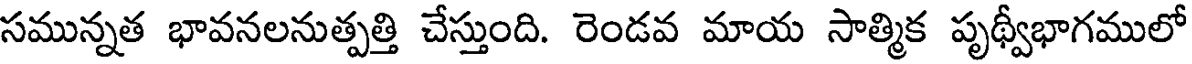
సమున్నత భావనలనుత్పత్తి చేస్తుంది. రెండవ మాయ సాత్మిక పృథ్వీభాగములో